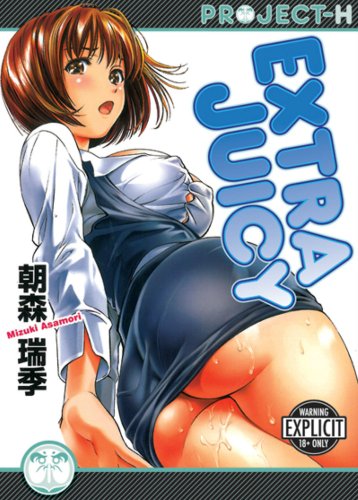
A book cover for Extra Juicy (Hentai Manga); Mizuki Asamori; Comics & Graphic Novels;